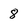
Character: 8